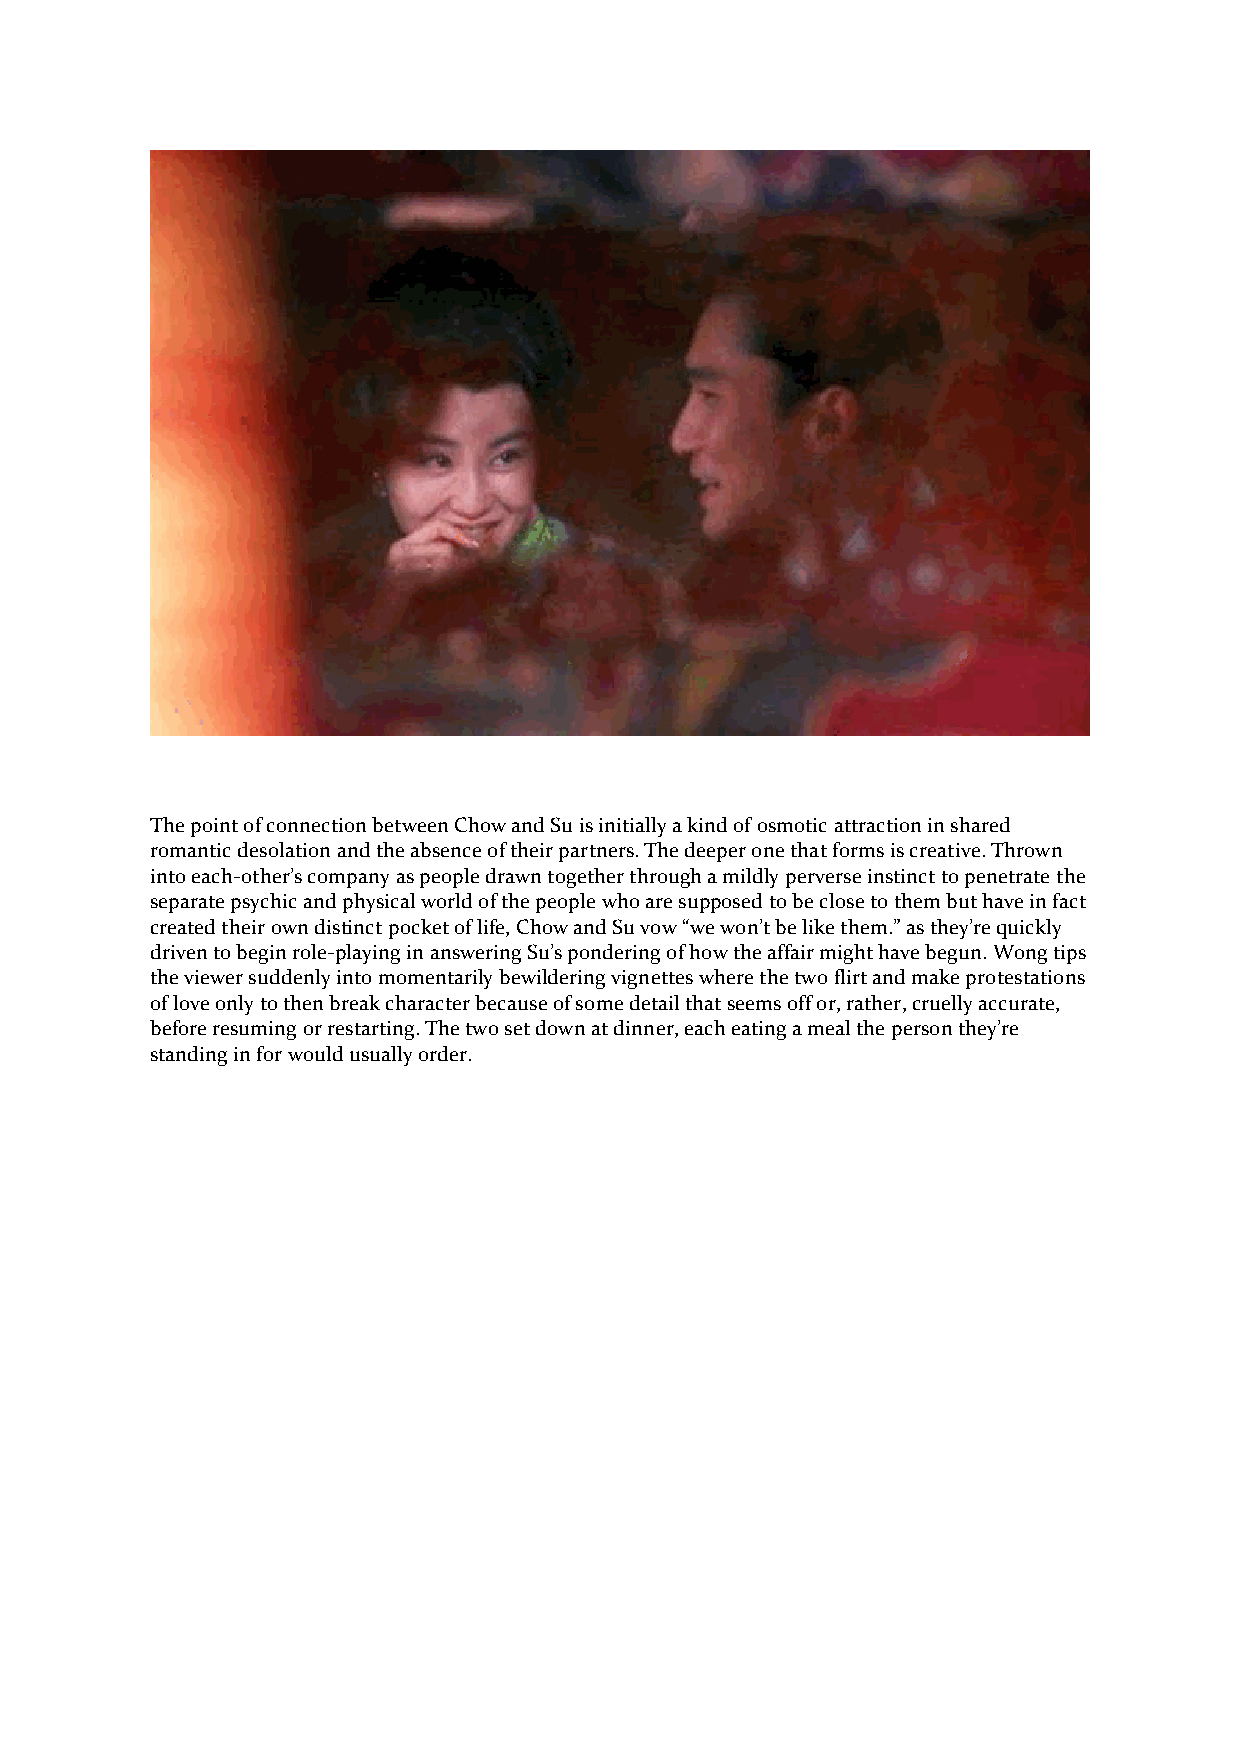
The point of connection between Chow and Su is initially a kind of osmotic attraction in shared
 romantic desolation and the absence of their partners. The deeper one that forms is creative. Thrown
 into each-other’s company as people drawn together through a mildly perverse instinct to penetrate the
 separate psychic and physical world of the people who are supposed to be close to them but have in fact
 created their own distinct pocket of life, Chow and Su vow “we won’t be like them.” as they’re quickly
 driven to begin role-playing in answering Su’s pondering of how the affair might have begun. Wong tips
 the viewer suddenly into momentarily bewildering vignettes where the two flirt and make protestations
 of love only to then break character because of some detail that seems off or, rather, cruelly accurate,
 before resuming or restarting. The two set down at dinner, each eating a meal the person they’re
 standing in for would usually order.